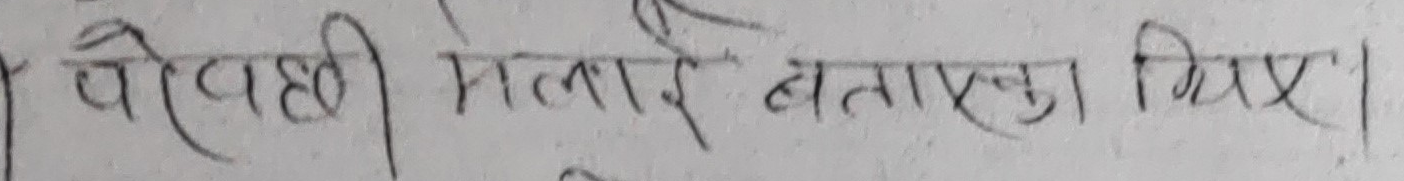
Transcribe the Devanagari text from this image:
पोेहछी मलाई बताउनुस् ।